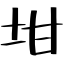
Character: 坩